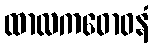
ထာလကဓောဝနံ